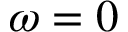
\omega = 0